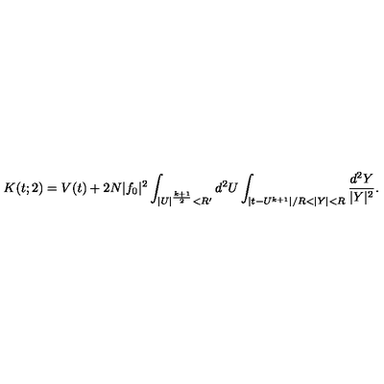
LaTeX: K ( t ; 2 ) = V ( t ) + 2 N | f _ { 0 } | ^ { 2 } \int _ { | U | ^ { \frac { k + 1 } { 2 } } < R ^ { \prime } } d ^ { 2 } U \int _ { | t - U ^ { k + 1 } | / R < | Y | < R } { \frac { d ^ { 2 } Y } { | Y | ^ { 2 } } } .